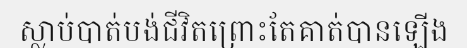
ស្លាប់បាត់បង់ជីវិតព្រោះតែគាត់បានឡើង